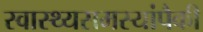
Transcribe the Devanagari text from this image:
स्वास्थ्यसमस्यांपैकी